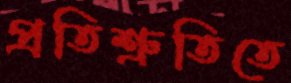
প্রতিশ্রুতিতে